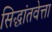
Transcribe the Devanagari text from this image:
सिद्धांतवेत्ता